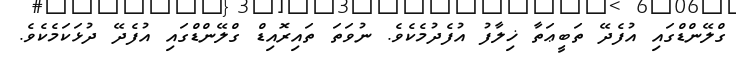
ގްލޭންޑްގައި އުފެދޭ ތަބީޢަތާ ޚިލާފު އުފެދުމެކެވެ. ނުވަތަ ތައިރޮއިޑް ގްލޭންޑްގައި އުފެދޭ ދުޅަކަމެކެވެ.